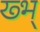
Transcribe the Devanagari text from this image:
ख्भ्